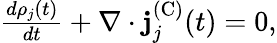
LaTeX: \begin{array}{r}{\frac{d\rho_{j}(t)}{dt}+\nabla\cdot\mathbf{j}_{j}^{(\textrm{C})}(t)=0,}\end{array}